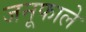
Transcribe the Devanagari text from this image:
जनूफाले